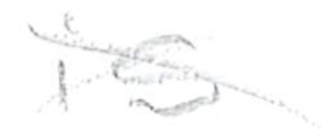
Text: is
Cross-out: cross
Writing tool: pencil